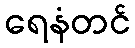
ရေနံတင်